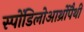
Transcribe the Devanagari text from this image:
स्पोंडिलोआर्थ्रोपैथी